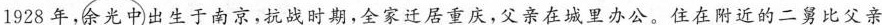
1928年，余光中出生于南京，抗战时期，全家迁居重庆，父亲在城里办公。住在附近的二舅比父亲